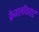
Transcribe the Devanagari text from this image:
क्रेगलॉकहार्ट